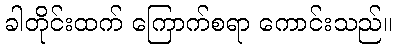
ခါတိုင်းထက် ကြောက်စရာ ကောင်းသည်။